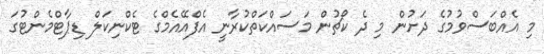
މި އެއްބަސްވުމުގެ ދަށުން މި ދެ ކޯޗުން މަސައްކަތްކުރާނީ އެފްއޭއެމްގެ ޓެކްނިކަލް ޑިޕާޓްމެންޓުގަ